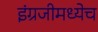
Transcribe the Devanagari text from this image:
इंग्रजीमध्येच